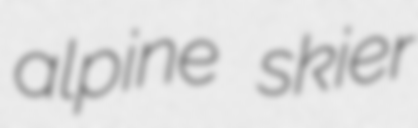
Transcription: alpine skier